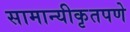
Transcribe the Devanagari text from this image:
सामान्यीकृतपणे